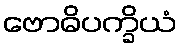
ဗောဓိပက္ခိယံ